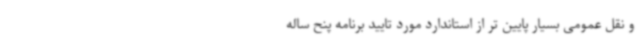
و نقل عمومی بسیار پایین تر از استاندارد مورد تایید برنامه پنح ساله